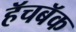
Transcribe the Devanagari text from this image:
हॅचबॅक